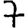
Digit: 7